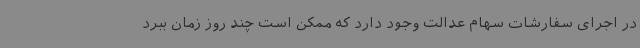
در اجرای سفارشات سهام عدالت وجود دارد که ممکن است چند روز زمان ببرد